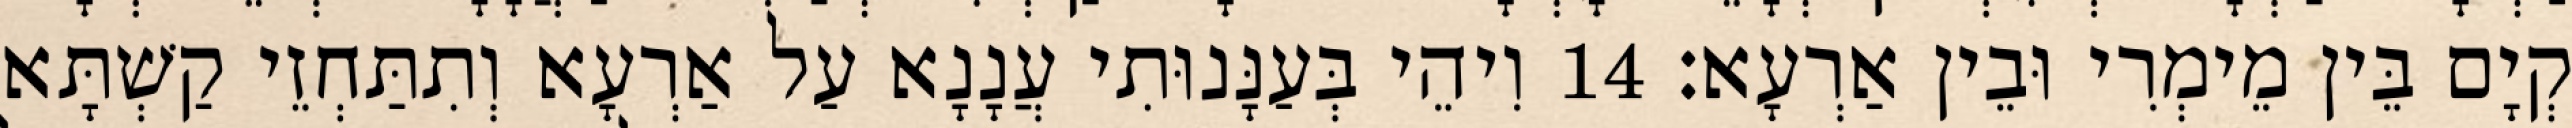
קְיָם בֵּין מֵימְרִי וּבֵין אַרְעָא׃ 14 וִיהֵי בְּעַנָּנוּתִי עֲנָנָא עַל אַרְעָא וְתִתַּחְזֵי קַשְׁתָּא